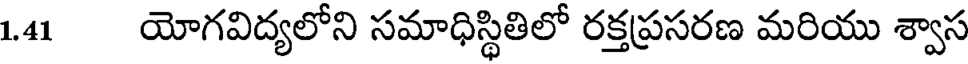
1.41 యోగవిద్యలోని సమాధిస్థితిలో రక్తప్రసరణ మరియు శ్వాస